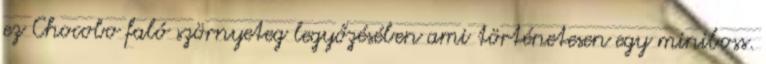
ez Chocobo faló szörnyeteg legyőzésében ami történetesen egy miniboss.